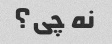
نه چی؟